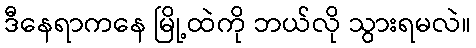
ဒီနေရာကနေ မြို့ထဲကို ဘယ်လို သွားရမလဲ။